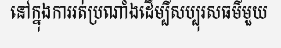
នៅក្នុងការរត់ប្រណាំងដើម្បីសប្បុរសធម៌មួយ